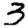
Digit: 3